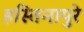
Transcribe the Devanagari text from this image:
हस्तिनापुरे